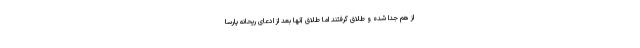
از هم جدا شده و طلاق گرفتند اما طلاق آنها بعد از ادعای ریحانه پارسا